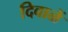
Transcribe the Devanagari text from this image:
दिवाळें